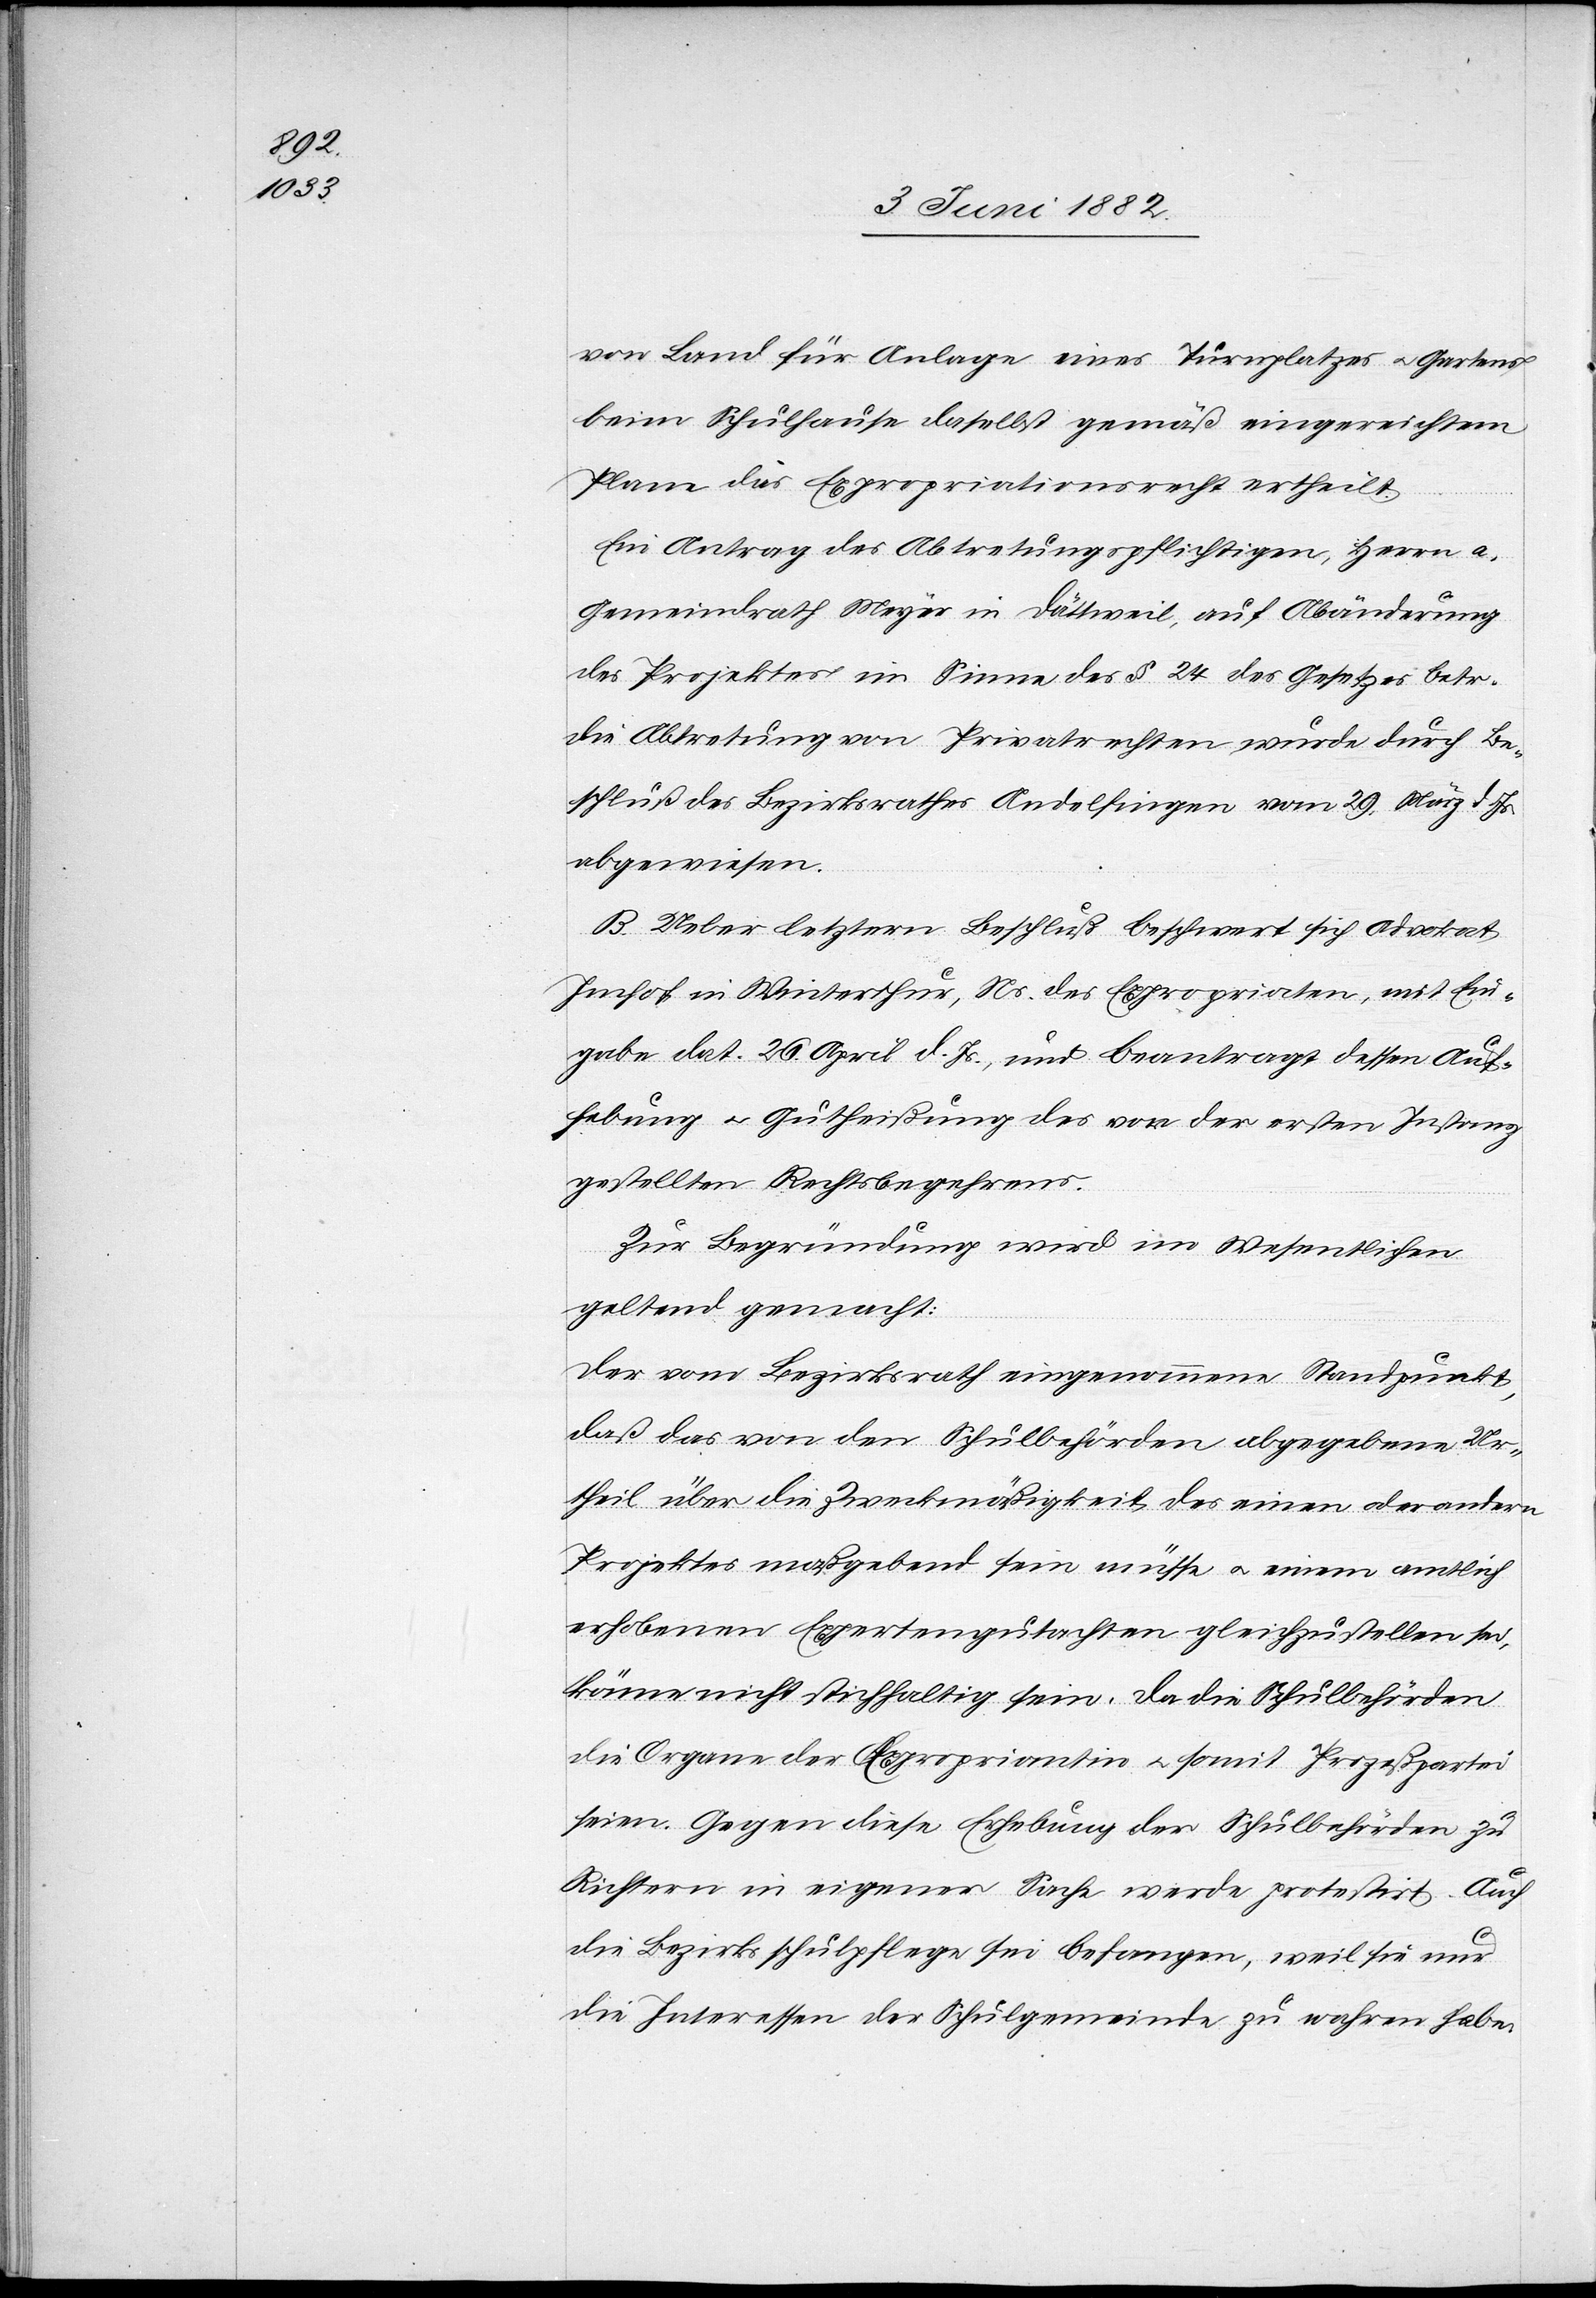
von Land für Anlage eines Turnplatzes u. Gartens
beim Schulhause daselbst gemäß eingereichtem
Plan das Expropriationsrecht ertheilt.
Ein Antrag des Abtretungspflichtigen, Herrn a.
Gemeindrath Meyer in Dättweil, auf Abänderung
des Projektes im Sinne des § 24 des Gesetzes betr.
die Abtretung von Privatrechten wurde durch Be¬
schluß des Bezirksrathes Andelfingen vom 29. März d. Js.
abgewiesen.
B. Ueber letztern Beschluß beschwer sich Advokat
Imhof in Winterthur, Ns. des Expropriaten, mit Ein¬
gabe dat. 26. April d. Js., und beantragt dessen Auf¬
hebung u. Gutheißung des vor der ersten Instanz
gestellten Rechtsbegehrens.
Zur Begründung wird im Wesentlichen
geltend gemacht:
Der vom Bezirksrath eingenommene Standpunkt,
daß das von den Schulbehörden abgegebene Ur¬
theil über die Zweckmäßigkeit des einen oder andern
Projektes maßgebend sein müsse u. einem amtlich
erhobenen Expertengutachten gleichzustellen sei,
könne nicht stichhaltig sein. Da die Schulbehörden
die Organe der Expropriation u. somit Prozeßpartei
seien. Gegen diese Erhebung der Schulbehörden zu
Richtern in eigener Sache werde protestirt. Auch
die Bezirksschulpflege sei befangen, weil sie nur
die Interessen der Schulgemeinde zu wahren habe.